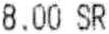
8.00 SR